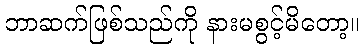
ဘာဆက်ဖြစ်သည်ကို နားမစွင့်မိတော့။